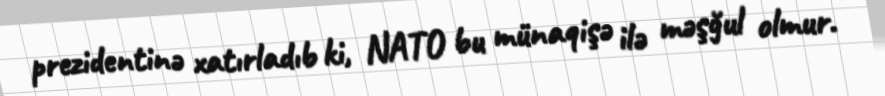
prezidentinə xatırladıb ki, NATO bu münaqişə ilə məşğul olmur.